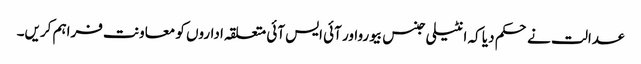
عدالت نے حکم دیا کہ انٹیلی جنس بیورواور آئی ایس آئی متعلقہ اداروں کو معاونت فراہم کریں۔